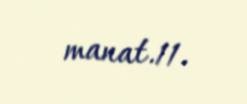
manat.11.